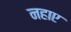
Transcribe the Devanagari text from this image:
नहाए